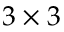
3 \times 3